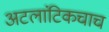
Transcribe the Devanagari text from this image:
अटलांटिकचाच